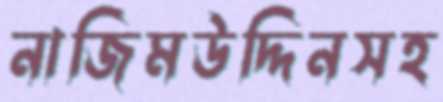
নাজিমউদ্দিনসহ